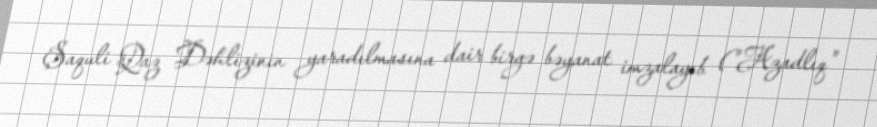
Şaquli Qaz Dəhlizinin yaradılmasına dair birgə bəyanat imzalayıb ("Azadlıq"